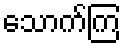
သောက်ကြ